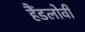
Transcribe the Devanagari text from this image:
हैंडलोवी